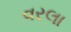
વરલા